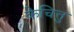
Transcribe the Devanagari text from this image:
केचित्तु